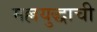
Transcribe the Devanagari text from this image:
मल्लयुद्धाची